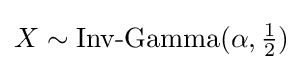
X\sim {\mbox{Inv-Gamma}}(\alpha ,{\tfrac {1}{2}})